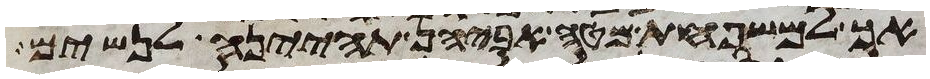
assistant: אך למשפחת מטה אביהן תהינה לנשים